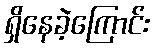
ရှိနေခဲ့ကြောင်း